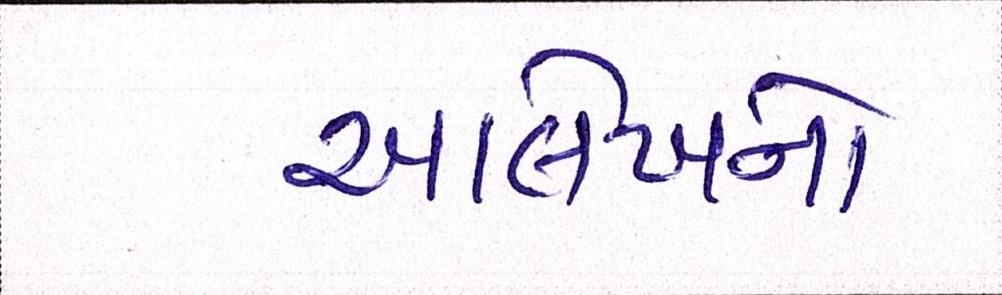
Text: આલેખનો